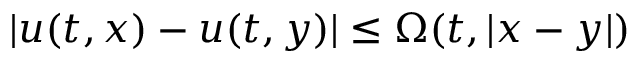
| u ( t , x ) - u ( t , y ) | \leq \Omega ( t , | x - y | )